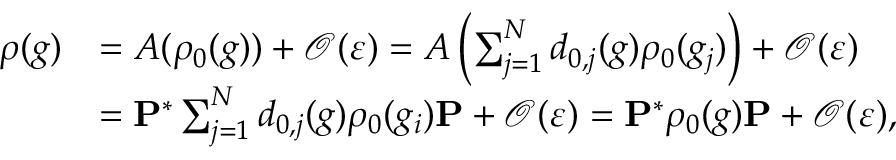
\begin{array} { r l } { \rho ( g ) } & { = A ( \rho _ { 0 } ( g ) ) + \mathcal { O } ( \varepsilon ) = A \left( \sum _ { j = 1 } ^ { N } d _ { 0 , j } ( g ) \rho _ { 0 } ( g _ { j } ) \right) + \mathcal { O } ( \varepsilon ) } \\ & { = \mathbf { P } ^ { * } \sum _ { j = 1 } ^ { N } d _ { 0 , j } ( g ) \rho _ { 0 } ( g _ { i } ) \mathbf { P } + \mathcal { O } ( \varepsilon ) = \mathbf { P } ^ { * } \rho _ { 0 } ( g ) \mathbf { P } + \mathcal { O } ( \varepsilon ) , } \end{array}